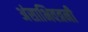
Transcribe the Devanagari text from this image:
अंसाभिवत्रनी